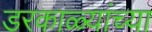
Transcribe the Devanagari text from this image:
डरकाळ्यांच्या